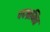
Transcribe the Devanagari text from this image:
पदभ्रमित